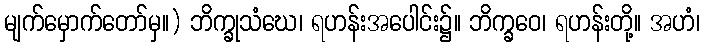
မျက်မှောက်တော်မှ။) ဘိက္ခုသံဃေ၊ ရဟန်းအပေါင်း၌။ ဘိက္ခဝေ၊ ရဟန်းတို့။ အဟံ၊